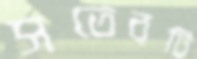
সতেরটি